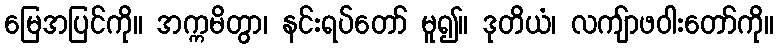
မြေအပြင်ကို။ အက္ကမိတွာ၊ နင်းရပ်တော် မူ၍။ ဒုတိယံ၊ လကျ်ာဖဝါးတော်ကို။